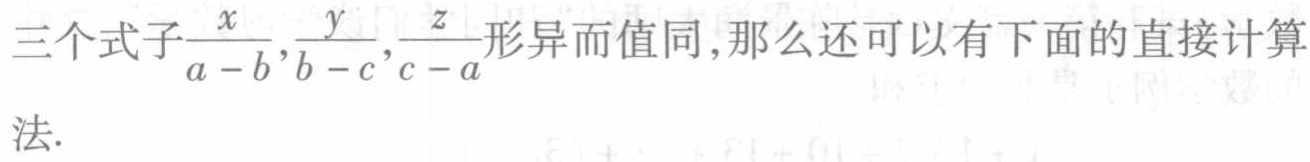
三个式子$\frac{x}{a - b},\frac{y}{b - c},\frac{z}{c - a}$形异而值同,那么还可以有下面的直接计算

法.